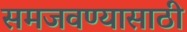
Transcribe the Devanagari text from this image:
समजवण्यासाठी